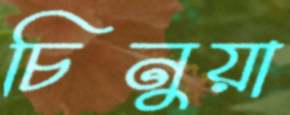
চিনুয়া